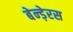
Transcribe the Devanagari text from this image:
बेन्ड़ेरस